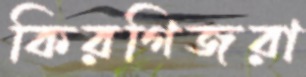
কিরগিজরা